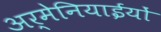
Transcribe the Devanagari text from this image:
अर्मेनियाईयों